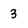
Character: 3